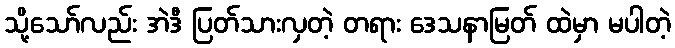
သို့သော်လည်း အဲဒီ ပြတ်သားလှတဲ့ တရား ဒေသနာမြတ် ထဲမှာ မပါတဲ့